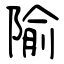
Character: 隃